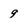
Character: g